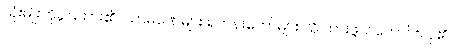
သုံးမျိုးကိုခွဲပြထား၏။ သာမဏေများ ရဟန်းတော်များ သိ ထားဖွယ်ကောင်းလှ၏။